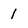
Character: 1